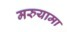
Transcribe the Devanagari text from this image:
मरुयामा